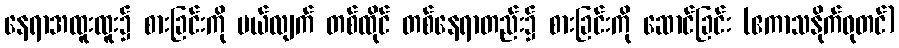
နေရာအထူးထူး၌ စားခြင်းကို ပယ်လျက် တစ်ထိုင် တစ်နေရာတည်း၌ စားခြင်းကို ဆောင်ခြင်း (ဧကာသနိုက်ဓုတင်)